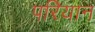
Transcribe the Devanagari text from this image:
परियान